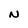
Character: N